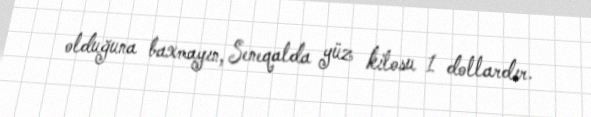
olduğuna baxmayın, Seneqalda yüz kilosu 1 dollardır.